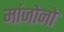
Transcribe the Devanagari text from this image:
मांजोनो